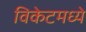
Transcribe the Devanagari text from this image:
विकेटमध्ये